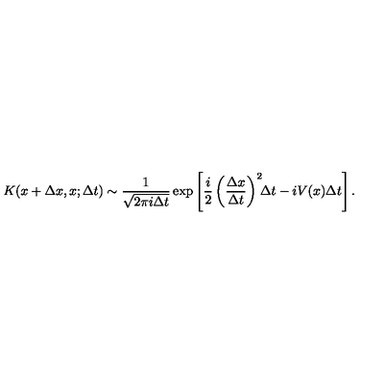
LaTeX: K ( x + \Delta x , x ; \Delta t ) \sim \frac { 1 } { \sqrt { 2 \pi i \Delta t } } \exp \left[ \frac { i } { 2 } \left( \frac { \Delta x } { \Delta t } \right) ^ { 2 } \! \! \Delta t - i V ( x ) \Delta t \right] .